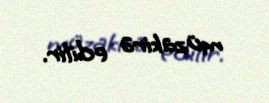
müzakirə edilir.